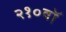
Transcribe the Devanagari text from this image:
२१०वॉ